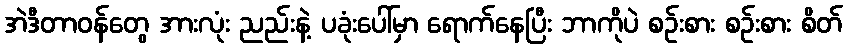
အဲဒီတာဝန်တွေ အားလုံး ညည်းနဲ့ ပခုံးပေါ်မှာ ရောက်နေပြီး ဘာကိုပဲ စဉ်းစား စဉ်းစား စိတ်